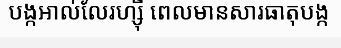
បង្កអាល់លែរហ្ស៊ី ពេលមានសារធាតុបង្ក